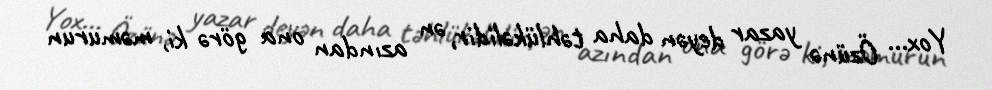
Yox... Özünə yazar deyən daha təhlükəlidir, ən azından ona görə ki, məmurun